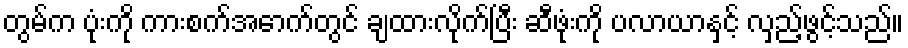
တွမ်က ပုံးကို ကားစက်အောက်တွင် ချထားလိုက်ပြီး ဆီဖုံးကို ပလာယာနှင့် လှည့်ဖွင့်သည်။